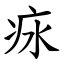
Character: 㽷